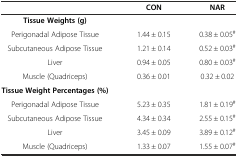
<table><thead><tr><td></td><td><b>CON</b></td><td><b>NAR</b></td></tr></thead><tbody><tr><td><b>Tissue Weights (g)</b></td><td></td><td></td></tr><tr><td>Perigonadal Adipose Tissue</td><td>1.44 ± 0.15</td><td>0.38 ± 0.05<sup>#</sup></td></tr><tr><td>Subcutaneous Adipose Tissue</td><td>1.21 ± 0.14</td><td>0.52 ± 0.03<sup>#</sup></td></tr><tr><td>Liver</td><td>0.94 ± 0.05</td><td>0.80 ± 0.03<sup>#</sup></td></tr><tr><td>Muscle (Quadriceps)</td><td>0.36 ± 0.01</td><td>0.32 ± 0.02</td></tr><tr><td><b>Tissue Weight Percentages (%)</b></td><td></td><td></td></tr><tr><td>Perigonadal Adipose Tissue</td><td>5.23 ± 0.35</td><td>1.81 ± 0.19<sup>#</sup></td></tr><tr><td>Subcutaneous Adipose Tissue</td><td>4.34 ± 0.34</td><td>2.55 ± 0.15<sup>#</sup></td></tr><tr><td>Liver</td><td>3.45 ± 0.09</td><td>3.89 ± 0.12<sup>#</sup></td></tr><tr><td>Muscle (Quadriceps)</td><td>1.33 ± 0.07</td><td>1.55 ± 0.07<sup>#</sup></td></tr></tbody></table>